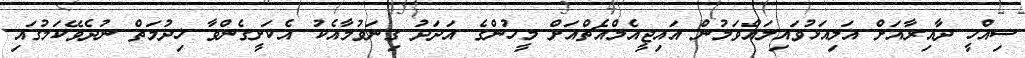
ސިއްހީ ދާއިރާއަށް އަލިއަޅުވައިލައްވަމުން އައިޖީއެމްއެޗްއަށް މީހުންގެ އަދަދު ގިނަވުމާއެކު އެކަށީގެންވާ ޚިދުމަތް ނުދެވޭކަމުގައި